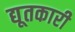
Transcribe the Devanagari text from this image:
द्यूतकारी